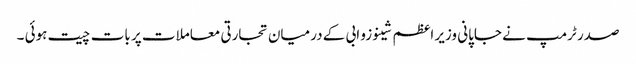
صدر ٹرمپ نے جاپانی وزیر اعظم شینوزو ابی کے درمیان تجارتی معاملات پر بات چیت ہوئی ۔